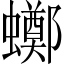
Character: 𧓸